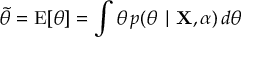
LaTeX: { \tilde { \theta } } = \operatorname { E } [ \theta ] = \int \theta \, p ( \theta \mid \mathbf { X } , \alpha ) \, d \theta